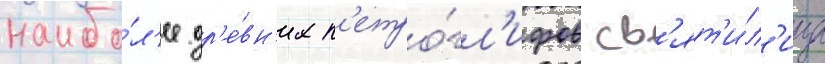
наибо́л'ее др'е́вн'их п'етро́гл'ифов св'ят'и́л'ища